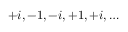
\, + i , - 1 , - i , + 1 , + i , \ldots